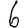
Digit: 6